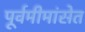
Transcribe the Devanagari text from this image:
पूर्वमीमांसेत